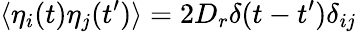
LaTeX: \langle\eta_{i}(t)\eta_{j}(t^{\prime})\rangle=2D_{r}\delta(t-t^{\prime})\delta_{ij}